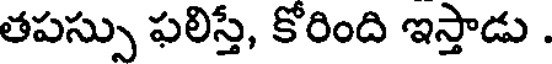
తపస్సు ఫలిస్తే, కోరింది ఇస్తాడు .